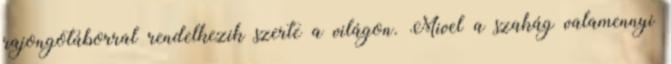
rajongótáborral rendelkezik szerte a világon. Mivel a szakág valamennyi